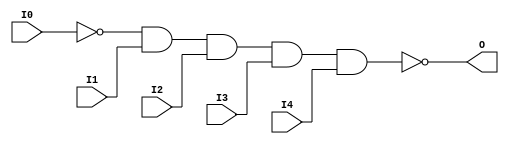
// $Header: /devl/xcs/repo/env/Databases/CAEInterfaces/xec_libs/data/unisims/NAND5B1.v,v 1.1 2005/05/10 01:20:06 wloo Exp $

/*

FUNCTION	: 5-INPUT NAND GATE

*/

`celldefine
`timescale  100 ps / 10 ps

module NAND5B1 (O, I0, I1, I2, I3, I4);

    output O;

    input  I0, I1, I2, I3, I4;

    not N0 (i0_inv, I0);
    nand A1 (O, i0_inv, I1, I2, I3, I4);

endmodule